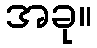
အခု။